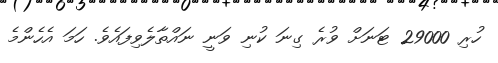
ހުރި 29000 ޓަނަށް ވުރެ ގިނަ ކުނި ވަނީ ނައްތާލެވިފައެވެ. ހަމަ އެހެންމެ